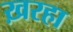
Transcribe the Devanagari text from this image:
ख़रहा